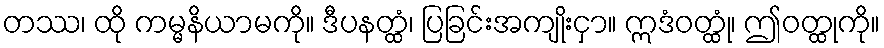
တဿ၊ ထို ကမ္မနိယာမကို။ ဒီပနတ္ထံ၊ ပြခြင်းအကျိုးငှာ။ ဣဒံဝတ္ထုံ၊ ဤဝတ္ထုကို။